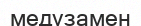
медузамен